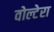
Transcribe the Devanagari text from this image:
वोल्टेरा